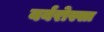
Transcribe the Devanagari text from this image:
बर्बरोस्सा